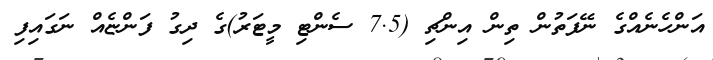
އަންހެނެއްގެ ނޭފަތުން ތިން އިންޗި (7.5 ސެންޓި މީޓަރު)ގެ ދިގު ފަންޏެއް ނަގައިފި